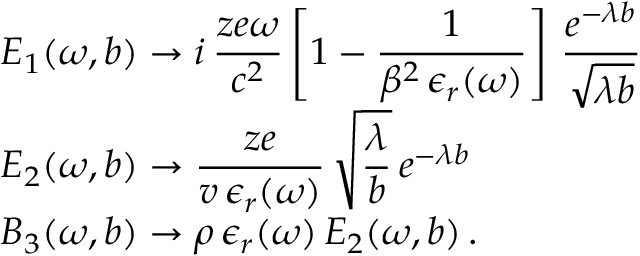
\begin{array} { l } { \displaystyle E _ { 1 } ( \omega , b ) \rightarrow i \, \frac { z e \omega } { c ^ { 2 } } \left[ 1 - \frac { 1 } { \beta ^ { 2 } \, \epsilon _ { r } ( \omega ) } \right] \, \frac { e ^ { - \lambda b } } { \sqrt { \lambda b } } } \\ { \displaystyle E _ { 2 } ( \omega , b ) \rightarrow \frac { z e } { v \, \epsilon _ { r } ( \omega ) } \, \sqrt { \frac { \lambda } { b } } \, e ^ { - \lambda b } } \\ { \displaystyle B _ { 3 } ( \omega , b ) \rightarrow \rho \, \epsilon _ { r } ( \omega ) \, E _ { 2 } ( \omega , b ) \, . } \end{array}